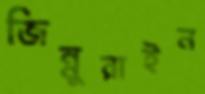
জিন্নুরাইন